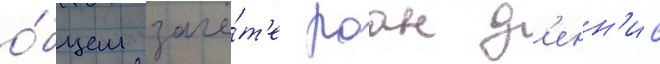
о́бщем зачё́т'е роан д'енн'ис